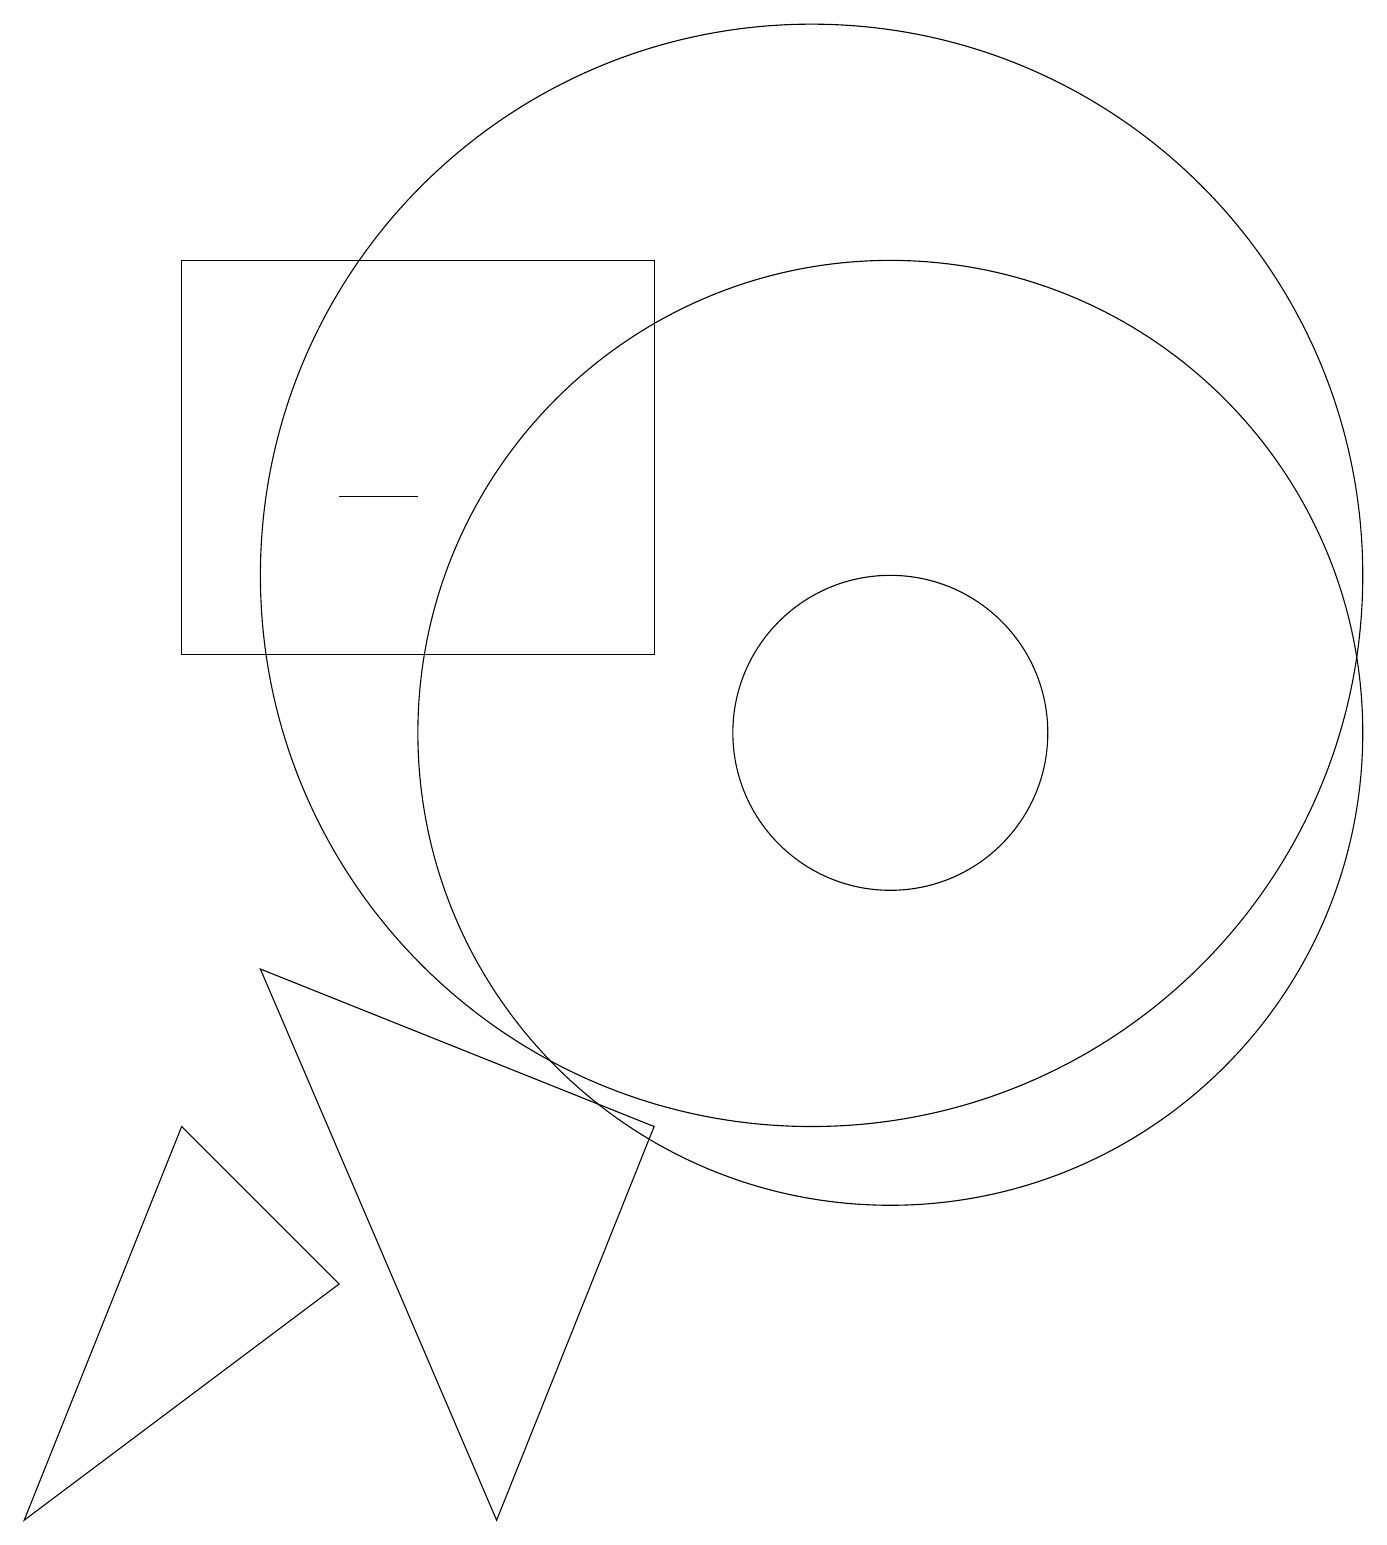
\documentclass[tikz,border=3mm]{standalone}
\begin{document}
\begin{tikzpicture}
\draw (10,12) circle (7);
\draw (4,13) rectangle (5,13);
\draw (11,10) circle (2);
\draw (6,0) -- (8,5) -- (3,7) -- cycle;
\draw (8,16) rectangle (2,11);
\draw (11,10) circle (6);
\draw (2,5) -- (4,3) -- (0,0) -- cycle;
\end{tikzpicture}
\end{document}